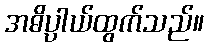
အဓိပ္ပါယ်ထွက်သည်။